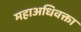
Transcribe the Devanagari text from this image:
महाअधिवक्ता